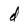
Character: d